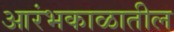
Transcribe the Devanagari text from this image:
आरंभकाळातील